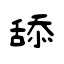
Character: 舔